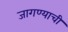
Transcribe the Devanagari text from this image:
जागण्याची